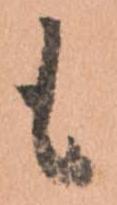
も